Structure of Hæmatopota pluvialis (Meigen) - Number 55
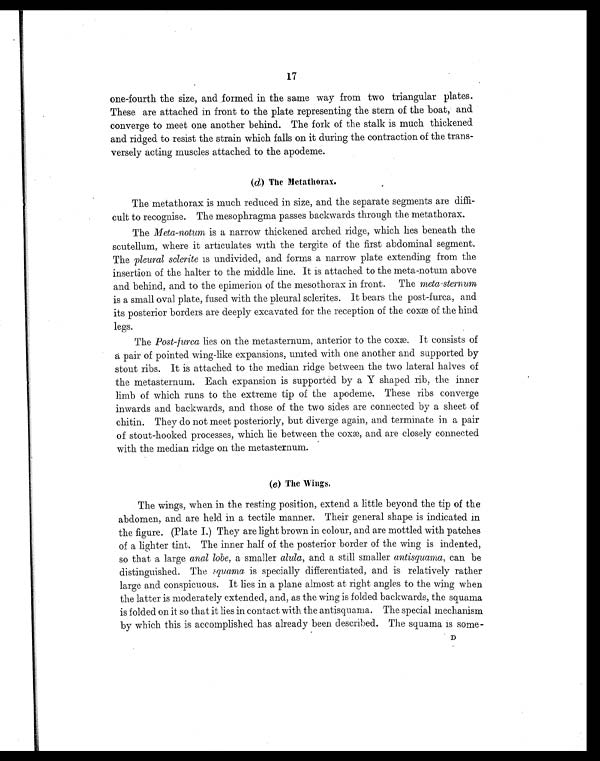
17
one-fourth the size, and formed in the same way from two triangular plates.
These are attached in front to the plate representing the stern of the boat, and
converge to meet one another behind. The fork of the stalk is much thickened
and ridged to resist the strain which falls on it during the contraction of the trans-
versely acting muscles attached to the apodeme.
(d) The Metathorax.
The metathorax is much reduced in size, and the separate segments are diffi-
cult to recognise. The mesophragma passes backwards through the metathorax.
The Meta-notum is a narrow thickened arched ridge, which lies beneath the
scutellum, where it articulates with the tergite of the first abdominal segment.
The pleural sclerite is undivided, and forms a narrow plate extending from the
insertion of the halter to the middle line. It is attached to the meta-notum above
and behind, and to the epimerion of the mesothorax in front. The meta-sternum
is a small oval plate, fused with the pleural sclerites. It bears the post-furca, and
its posterior borders are deeply excavated for the reception of the coxæ of the hind
legs.
The Post-furca lies on the metasternum, anterior to the coxæ. It consists of
a pair of pointed wing-like expansions, united with one another and supported by
stout ribs. It is attached to the median ridge between the two lateral halves of
the metasternum. Each expansion is supported by a Y shaped rib, the inner
limb of which runs to the extreme tip of the apodeme. These ribs converge
inwards and backwards, and those of the two sides are connected by a sheet of
chitin. They do not meet posteriorly, but diverge again, and terminate in a pair
of stout-hooked processes, which lie between the coxæ, and are closely connected
with the median ridge on the metasternum.
(e) The Wings.
The wings, when in the resting position, extend a little beyond the tip of the
abdomen, and are held in a tectile manner. Their general shape is indicated in
the figure. (Plate I.) They are light brown in colour, and are mottled with patches
of a lighter tint. The inner half of the posterior border of the wing is indented,
so that a large anal lobe, a smaller alula, and a still smaller antisquama, can be
distinguished. The squama is specially differentiated, and is relatively rather
large and conspicuous. It lies in a plane almost at right angles to the wing when
the latter is moderately extended, and, as the wing is folded backwards, the squama
is folded on it so that it lies in contact with the antisquama. The special mechanism
by which this is accomplished has already been described. The squama is some-
D